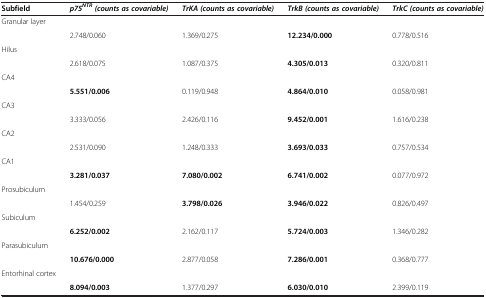
<table><thead><tr><td><b>Subfield</b></td><td><b><i>p75</i><sup><i>NTR</i></sup><i>(counts as covariable)</i></b></td><td><b><i>TrKA (counts as covariable)</i></b></td><td><b><i>TrkB (counts as covariable)</i></b></td><td><b><i>TrkC (counts as covariable)</i></b></td></tr></thead><tbody><tr><td>Granular layer</td><td></td><td></td><td></td><td></td></tr><tr><td></td><td>2.748/0.060</td><td>1.369/0.275</td><td><b>12.234/0.000</b></td><td>0.778/0.516</td></tr><tr><td>Hilus</td><td></td><td></td><td></td><td></td></tr><tr><td></td><td>2.618/0.075</td><td>1.087/0.375</td><td><b>4.305/0.013</b></td><td>0.320/0.811</td></tr><tr><td>CA4</td><td></td><td></td><td></td><td></td></tr><tr><td></td><td><b>5.551/0.006</b></td><td>0.119/0.948</td><td><b>4.864/0.010</b></td><td>0.058/0.981</td></tr><tr><td>CA3</td><td></td><td></td><td></td><td></td></tr><tr><td></td><td>3.333/0.056</td><td>2.426/0.116</td><td><b>9.452/0.001</b></td><td>1.616/0.238</td></tr><tr><td>CA2</td><td></td><td></td><td></td><td></td></tr><tr><td></td><td>2.531/0.090</td><td>1.248/0.333</td><td><b>3.693/0.033</b></td><td>0.757/0.534</td></tr><tr><td>CA1</td><td></td><td></td><td></td><td></td></tr><tr><td></td><td><b>3.281/0.037</b></td><td><b>7.080/0.002</b></td><td><b>6.741/0.002</b></td><td>0.077/0.972</td></tr><tr><td>Prosubiculum</td><td></td><td></td><td></td><td></td></tr><tr><td></td><td>1.454/0.259</td><td><b>3.798/0.026</b></td><td><b>3.946/0.022</b></td><td>0.826/0.497</td></tr><tr><td>Subiculum</td><td></td><td></td><td></td><td></td></tr><tr><td></td><td><b>6.252/0.002</b></td><td>2.162/0.117</td><td><b>5.724/0.003</b></td><td>1.346/0.282</td></tr><tr><td>Parasubiculum</td><td></td><td></td><td></td><td></td></tr><tr><td></td><td><b>10.676/0.000</b></td><td>2.877/0.058</td><td><b>7.286/0.001</b></td><td>0.368/0.777</td></tr><tr><td>Entorhinal cortex</td><td></td><td></td><td></td><td></td></tr><tr><td></td><td><b>8.094/0.003</b></td><td>1.377/0.297</td><td><b>6.030/0.010</b></td><td>2.399/0.119</td></tr></tbody></table>